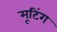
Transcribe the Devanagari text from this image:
मूटिंग